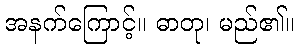
အနက်ကြောင့်။ ဓာတု၊ မည်၏။